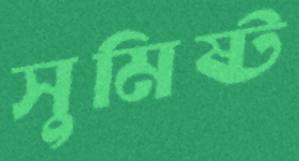
সুমিষ্ট